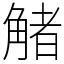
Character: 觰